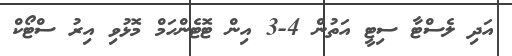
އަދި ލެސްޓާ ސިޓީ އަތުން 4-3 އިން ޓޮޓެންހަމް މޮޅުވި އިރު ސްޓޯކް